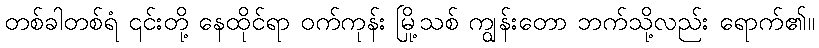
တစ်ခါတစ်ရံ ၎င်းတို့ နေထိုင်ရာ ဝက်ကုန်း မြို့သစ် ကျွန်းတော ဘက်သို့လည်း ရောက်၏။